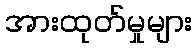
အားထုတ်မှုများ